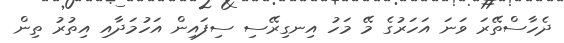
ދެހާސްތޭރަ ވަނަ އަހަރުގެ މޭ މަހު އިނގިރޭސި ސިފައިން އަހުމަދާއި އިތުރު ތިން